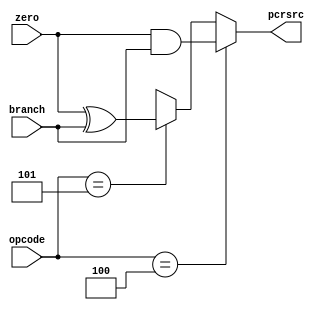
module mux2_branch( opcode, pcrsrc, zero, branch );

    input zero ;
    input  [5:0] opcode ;
    input branch ; 
	output pcrsrc ;
	
	wire temp_eq ;
	wire temp_ne ;
	
	and( temp_eq, zero,	branch ) ;
	
	xor( temp_ne, zero, branch ) ;
	
	assign pcrsrc = ( opcode == 6'd4 ) ? temp_eq :( ( opcode == 6'd5 ) ? temp_ne : 1'dx ) ;
	
endmodule